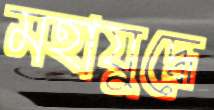
মহাযুদ্ধে